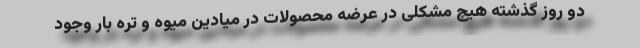
دو روز گذشته هیچ مشکلی در عرضه محصولات در میادین میوه و تره بار وجود